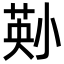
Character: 𫵄